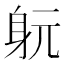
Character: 𨈤